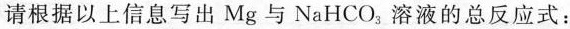
请根据以上信息写出Mg与NaHOH_{3|，溶液的总反应式：